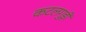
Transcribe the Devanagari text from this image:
कटलगुड़ी